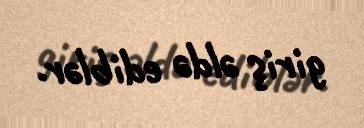
giriş əldə ediblər.